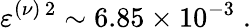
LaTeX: \varepsilon^{(\nu)\, 2}\sim 6.85\times 10^{-3}\; .